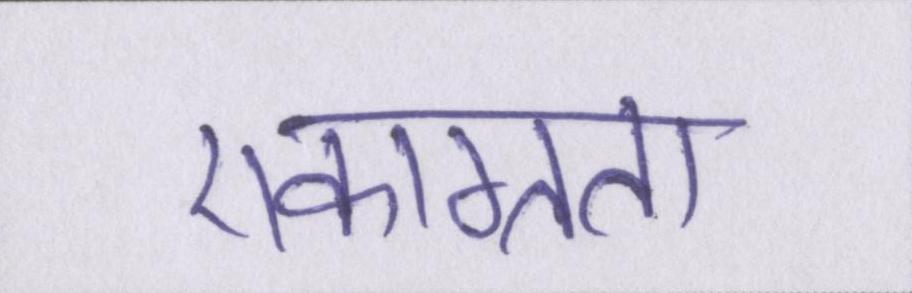
एकाग्रता